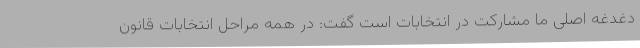
دغدغه اصلی ما مشارکت در انتخابات است گفت: در همه مراحل انتخابات قانون